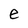
Character: e